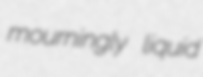
mourningly liquid